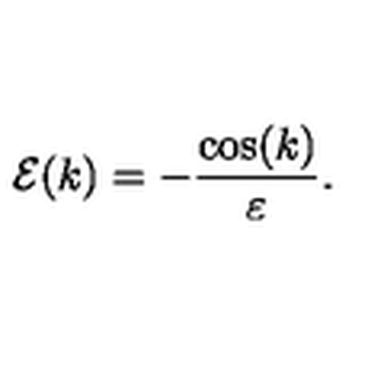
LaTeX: { \cal E } ( k ) = - \frac { \cos ( k ) } { \varepsilon } .